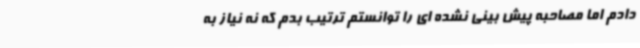
دادم اما مصاحبه پیش بینی نشده ای را توانستم ترتیب بدم که نه نیاز به